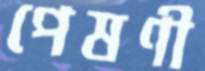
পেষণী